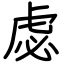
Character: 虙